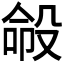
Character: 𪵍